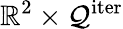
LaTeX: \mathbb{R}^{2}\times\mathcal{Q}^{\mathrm{iter}}